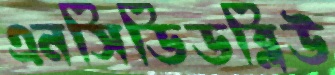
এনসিডিডব্লিউ